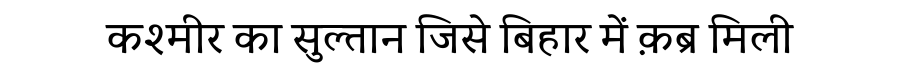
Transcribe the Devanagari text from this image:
कश्मीर का सुल्तान जिसे बिहार में क़ब्र मिली